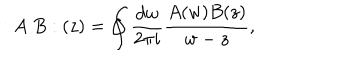
: A \; B : ( z ) = \oint { \frac { d w } { 2 \pi i } } { \frac { A ( w ) B ( z ) } { w - z } } ,